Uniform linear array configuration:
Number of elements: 12
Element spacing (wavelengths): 1
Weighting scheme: uniform
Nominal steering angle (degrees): -60
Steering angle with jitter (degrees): -58.604
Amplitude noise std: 0.05
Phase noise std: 0.05

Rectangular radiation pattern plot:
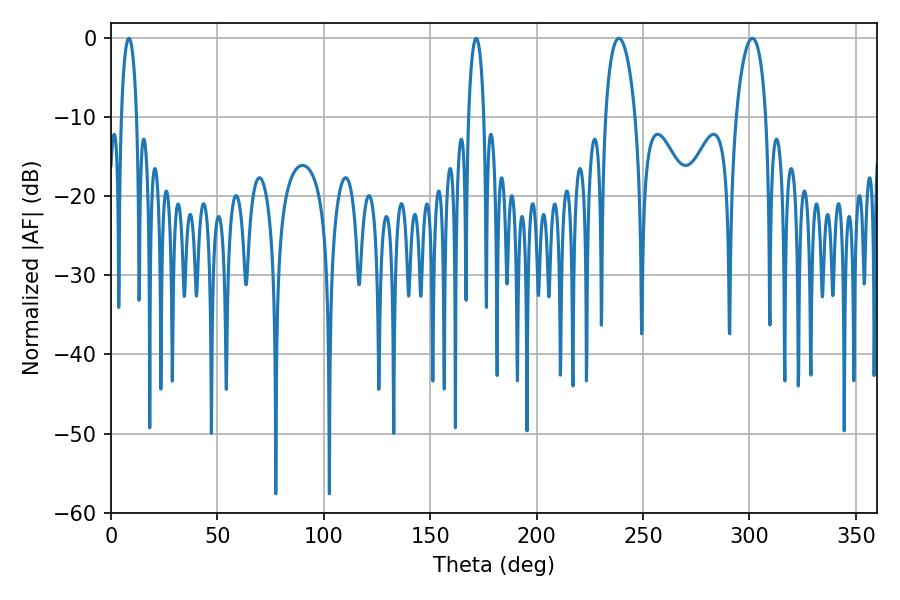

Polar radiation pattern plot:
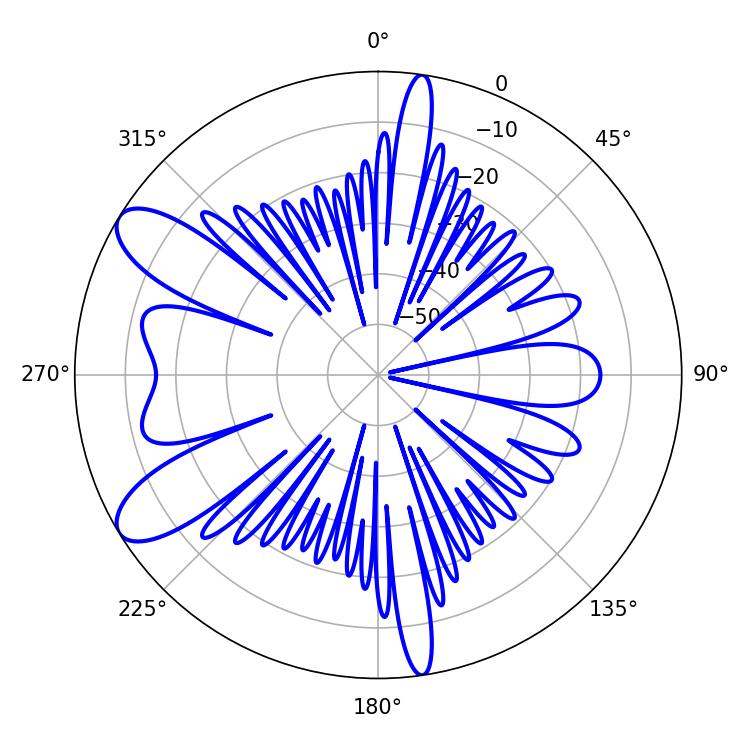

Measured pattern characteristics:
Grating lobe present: TRUE
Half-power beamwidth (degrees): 7.92
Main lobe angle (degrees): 301.32